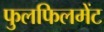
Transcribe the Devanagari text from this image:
फुलफिलमेंट